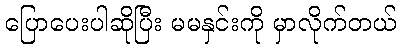
ပြောပေးပါဆိုပြီး မမနှင်းကို မှာလိုက်တယ်